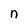
Character: n